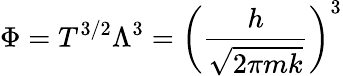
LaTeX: \Phi=T^{3/2}\Lambda^{3}=\left({\frac{h}{\sqrt{2\pi mk}}}\right)^{3}